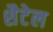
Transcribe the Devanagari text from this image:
शैटेल